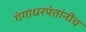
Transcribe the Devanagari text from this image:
गंगाधरपंतांनीच